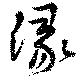
湪